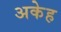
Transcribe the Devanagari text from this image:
अकेह